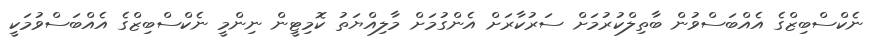
ނެކްސްބިޒްގެ އެއްބަސްވުން ބާތިލްކުރުމަށް ސަރުކާރަށް އެންގުމަށް މާލިއްޔަތު ކޮމިޓީން ނިންމީ ނެކްސްބިޒްގެ އެއްބަސްވުމަކީ